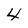
Character: 4